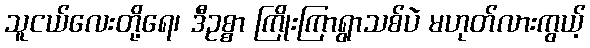
သူငယ်လေးတို့ရေ၊ ဒီဥစ္စာ ကြိုးကြာရွာသစ်ပဲ မဟုတ်လားကွယ့်